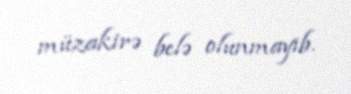
müzakirə belə olunmayıb.